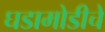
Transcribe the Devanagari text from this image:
घडामोडीचें